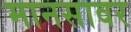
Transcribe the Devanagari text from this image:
मानसावर